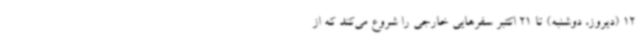
12 (دیروز،‌ دوشنبه) تا 21 اکتبر سفرهایی خارجی را شروع می‌کند که از